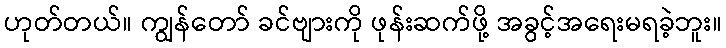
ဟုတ်တယ်။ ကျွန်တော် ခင်ဗျားကို ဖုန်းဆက်ဖို့ အခွင့်အရေးမရခဲ့ဘူး။